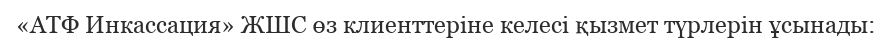
«АТФ Инкассация» ЖШС өз клиенттеріне келесі қызмет түрлерін ұсынады: